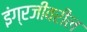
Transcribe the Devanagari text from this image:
इंग्रजीवरील